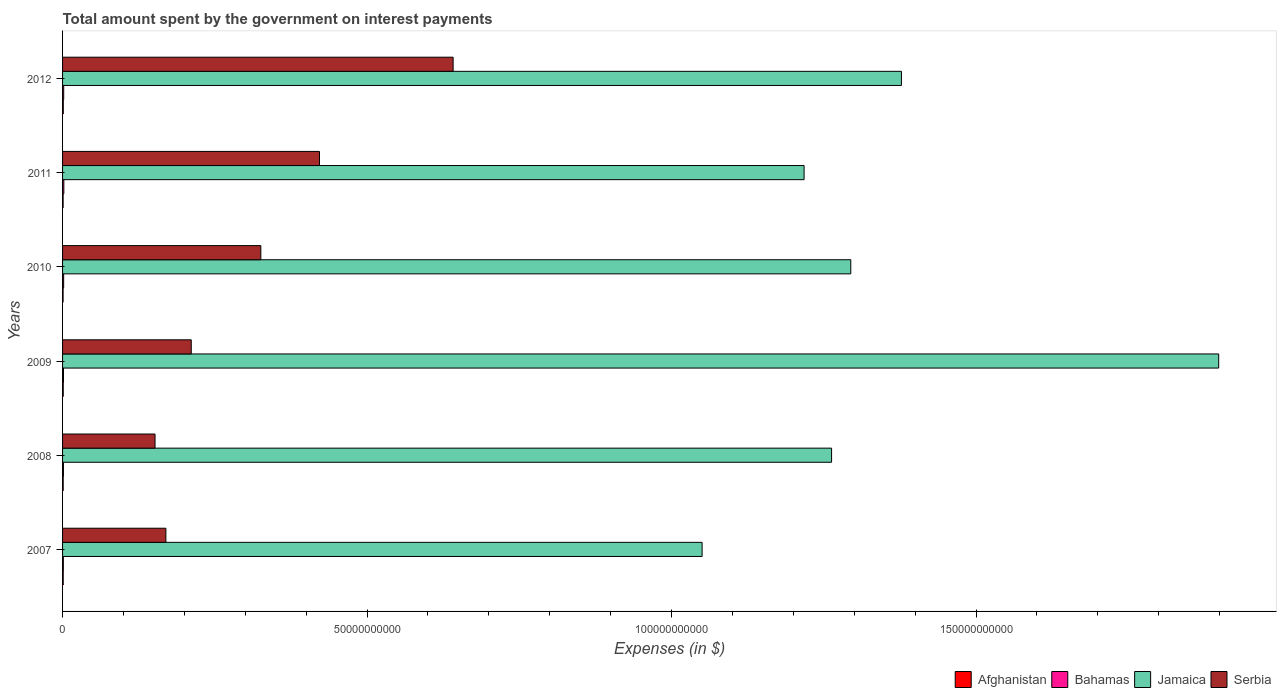
| Years | Afghanistan | Bahamas | Jamaica | Serbia |
 | --- | --- | --- | --- | --- |
 | 2007 | 1.07e+08 | 1.27e+08 | 1.05e+11 | 1.7e+10 |
 | 2008 | 1.03e+08 | 1.43e+08 | 1.26e+11 | 1.52e+10 |
 | 2009 | 1.09e+08 | 1.54e+08 | 1.9e+11 | 2.11e+10 |
 | 2010 | 8.66e+07 | 1.78e+08 | 1.29e+11 | 3.26e+10 |
 | 2011 | 9.2e+07 | 2.11e+08 | 1.22e+11 | 4.22e+10 |
 | 2012 | 1.18e+08 | 1.86e+08 | 1.38e+11 | 6.41e+10 |